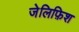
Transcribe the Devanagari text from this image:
जेलिफ़िश